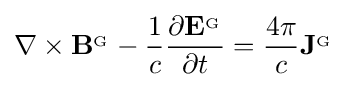
\nabla \times \mathbf {B} ^{_{\mathrm {G} }}-{\frac {1}{c}}{\frac {\partial \mathbf {E} ^{_{\mathrm {G} }}}{\partial t}}={\frac {4\pi }{c}}\mathbf {J} ^{_{\mathrm {G} }}